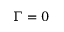
\Gamma = 0